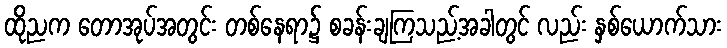
ထိုညက တောအုပ်အတွင်း တစ်နေရာ၌ စခန်းချကြသည့်အခါတွင် လည်း နှစ်ယောက်သား